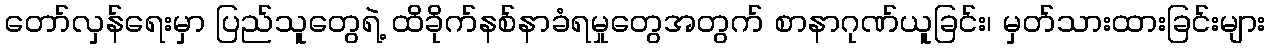
တော်လှန်ရေးမှာ ပြည်သူတွေရဲ့ ထိခိုက်နစ်နာခံရမှုတွေအတွက် စာနာဂုဏ်ယူခြင်း၊ မှတ်သားထားခြင်းများ